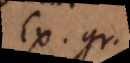
Ex. gr.